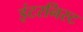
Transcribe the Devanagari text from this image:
इंटरनिस्ट